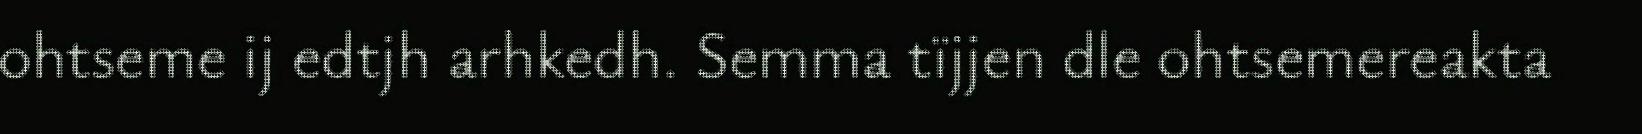
ohtseme ij edtjh arhkedh. Semma tïjjen dle ohtsemereakta